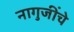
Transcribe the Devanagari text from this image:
नागुजींचे